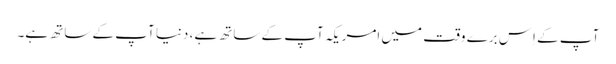
آپ کے اِس برے وقت میں امریکہ آپ کے ساتھ ہے، دنیا آپ کے ساتھ ہے۔